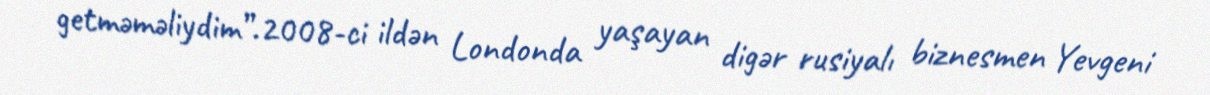
getməməliydim”.2008-ci ildən Londonda yaşayan digər rusiyalı biznesmen Yevgeni